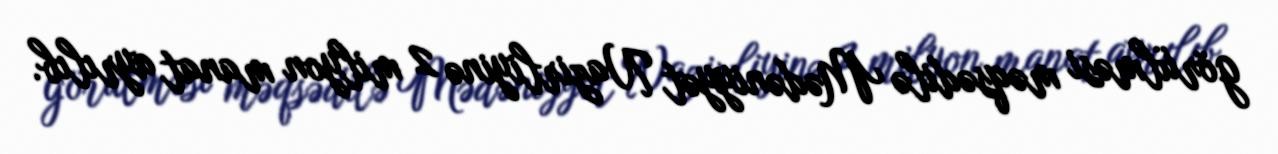
görülməsi məqsədilə Mədəniyyət Nazirliyinə 2 milyon manat ayrılıb.